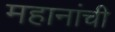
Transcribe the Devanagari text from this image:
महानांची